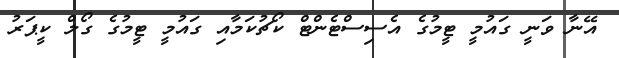
އޭނާ ވަނީ ގައުމީ ޓީމުގެ އެސިސްޓެންޓް ކޯޗުކަމާއި ގައުމީ ޓީމުގެ ގޯލް ކީޕަރު